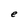
Character: e